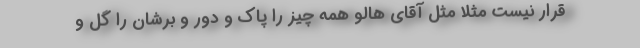
قرار نیست مثلا مثل آقای هالو همه چیز را پاک و دور و برشان را گل و